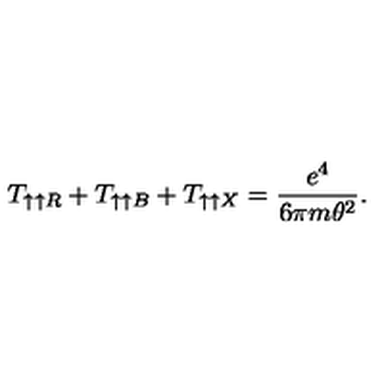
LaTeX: T _ { \uparrow \uparrow R } + T _ { \uparrow \uparrow B } + T _ { \uparrow \uparrow X } = \frac { e ^ { 4 } } { 6 \pi m \theta ^ { 2 } } .